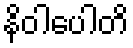
နိဝါပေါတိ